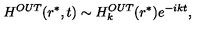
H ^ { O U T } ( r ^ { * } , t ) \sim H _ { k } ^ { O U T } ( r ^ { * } ) e ^ { - i k t } ,